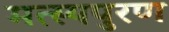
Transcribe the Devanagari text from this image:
मत्स्यपुरण